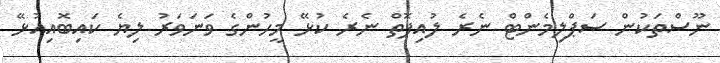
ނޫސްތަކުން ސަޕްލިމެންޓް ނެރެ ލުއިފޮތް ނެރެ ކުޅޭ މީހުންގެ ވަނަވަރު ލިޔެ ކައިބޮއިއުޅޭ